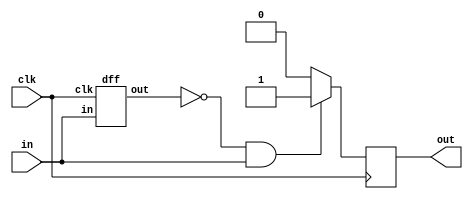
module top_module (
    input clk,
    input in,
    output reg out = 0
);
	wire dout;
    dff df1(.clk(clk), .in(in), .out(dout));
    always@(posedge clk)begin
        if(dout == 0 && in == 1)
            out <= 1;
        else
            out <= 0;
    end 
       
    

endmodule

module dff (
    input clk,
    input in,
    output reg out = 0
);
    always@(posedge clk)
        out <= in;
endmodule